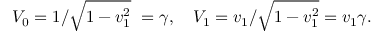
V _ { 0 } = 1 / { \sqrt { 1 - v _ { 1 } ^ { 2 } } } \ = \gamma , \quad V _ { 1 } = v _ { 1 } / { \sqrt { 1 - v _ { 1 } ^ { 2 } } } = v _ { 1 } \gamma .